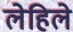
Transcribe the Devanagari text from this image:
लेहिले